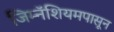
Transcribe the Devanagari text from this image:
जिम्नॅशियमपासून